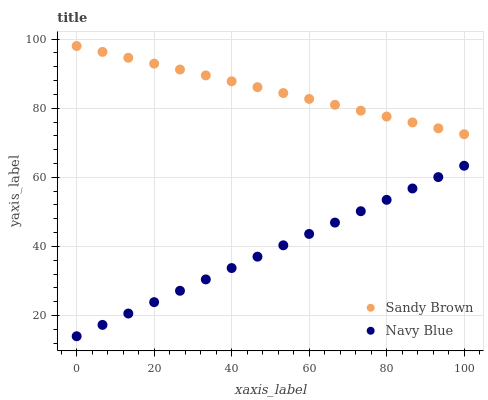
| xaxis_label | Sandy Brown | Navy Blue |
 | --- | --- | --- |
 | 0 | 98 | 14 |
 | 6.67 | 96.3 | 17.3 |
 | 13.3 | 94.6 | 20.6 |
 | 20 | 92.9 | 23.9 |
 | 26.7 | 91.2 | 27.2 |
 | 33.3 | 89.5 | 30.4 |
 | 40 | 87.8 | 33.7 |
 | 46.7 | 86.1 | 37 |
 | 53.3 | 84.4 | 40.3 |
 | 60 | 82.7 | 43.6 |
 | 66.7 | 81 | 46.9 |
 | 73.3 | 79.3 | 50.2 |
 | 80 | 77.6 | 53.5 |
 | 86.7 | 75.9 | 56.8 |
 | 93.3 | 74.2 | 60.1 |
 | 100 | 72.5 | 63.3 |